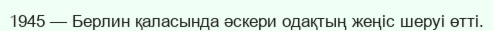
1945 — Берлин қаласында әскери одақтың жеңіс шеруі өттi.